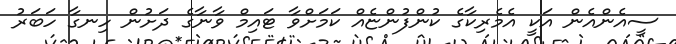
ސީއެންއެން އަކީ އެމެރިކާގެ ކުންފުންޏެއް ކަމަށްވާ ޓައިމް ވާނާގެ ދަށުން ހިނގާ ހަބަރު